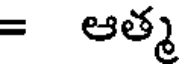
= ఆత్మ